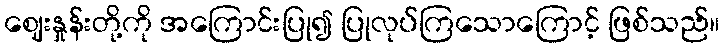
ဈေးနှုန်းတို့ကို အကြောင်းပြု၍ ပြုလုပ်ကြသောကြောင့် ဖြစ်သည်။